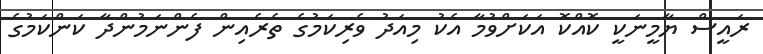
ރައީސް ޔާމީނަކީ ކޮއްކޮ އަކަށްވުމާ އެކު މިއަދު ވެރިކަމުގެ ތެރެއިން ފެންނަމުންދާ ކަންކަމުގެ